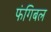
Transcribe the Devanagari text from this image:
फंगिबल